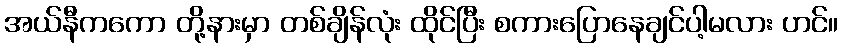
အယ်နီကကော တို့နားမှာ တစ်ချိန်လုံး ထိုင်ပြီး စကားပြောနေချင်ပါ့မလား ဟင်။